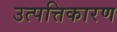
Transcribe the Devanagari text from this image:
उत्पत्तिकारण